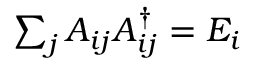
\textstyle \sum _ { j } A _ { i j } A _ { i j } ^ { \dagger } = E _ { i }